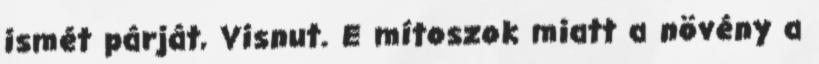
ismét párját, Visnut. E mítoszok miatt a növény a